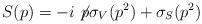
LaTeX: \begin{align*}S(p)= -i \not\! p \sigma_V(p^2)+\sigma_S(p^2)\end{align*}